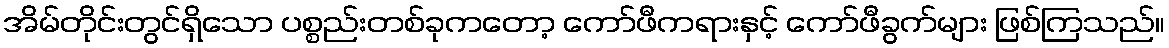
အိမ်တိုင်းတွင်ရှိသော ပစ္စည်းတစ်ခုကတော့ ကော်ဖီကရားနှင့် ကော်ဖီခွက်များ ဖြစ်ကြသည်။